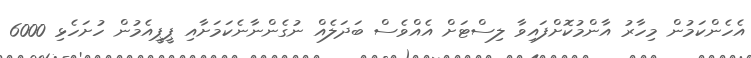
އެހެންކަމުން މިހާރު އާންމުކޮށްފައިވާ ލިސްޓަށް އެއްވެސް ބަދަލެއް ނުގެންނާނެކަމަށާއި ޕީޕީއެމުން ހުށަހެޅި 6000